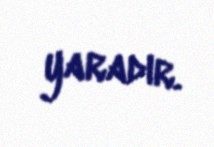
yaradır.